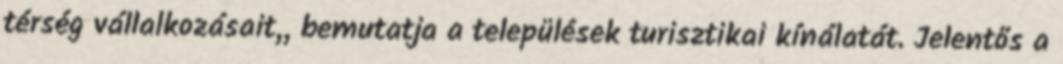
térség vállalkozásait,, bemutatja a települések turisztikai kínálatát. Jelentős a